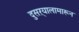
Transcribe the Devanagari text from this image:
दुसऱ्यालामारून